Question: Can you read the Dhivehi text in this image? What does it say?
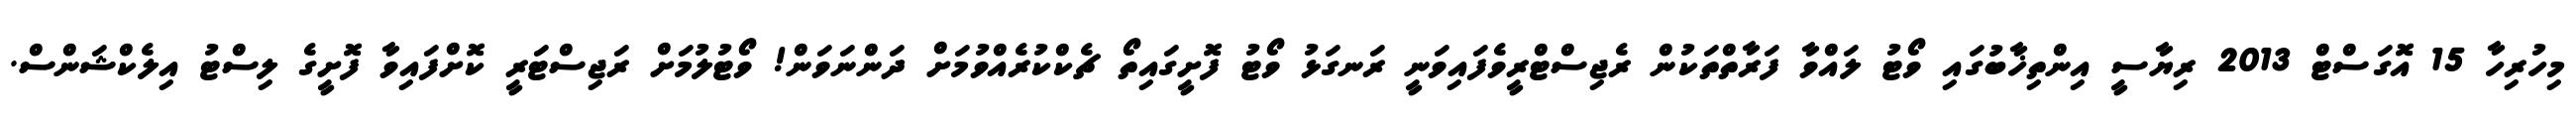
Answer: މިހުރިހާ 15 އޮގަސްޓް 2013 ރިޔާސީ އިންތިޚާބުގައި ވޯޓު ލައްވާ ފަރާތްތަކުން ރެޖިސްޓްރީވެފައިވަނީ ރަނގަޅު ވޯޓު ފޮށީގައިތޯ ޗެކްކުރެއްވުމަށް ދަންނަވަން! ވޯޓުލުމަށް ރަޖިސްޓަރީ ކޮށްފައިވާ ފޮށީގެ ލިސްޓު އިލެކްޝަންސް.